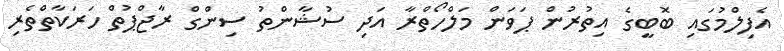
އެފިލްމުގައި ބޮބީގެ އިތުރުން ޕަވަން މަލްހޯތްރާ އަދި ސުޝާންތު ސިންގް ރާޖްޕުތް ހަރަކާތްތެރި